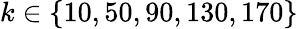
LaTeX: k\in\{ 10,50,90,130,170\}